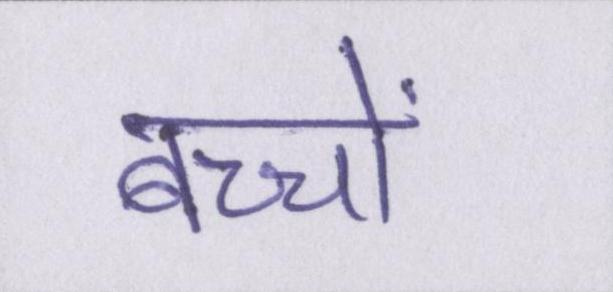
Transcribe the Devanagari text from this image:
बच्चों